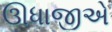
ઊધાજીએ